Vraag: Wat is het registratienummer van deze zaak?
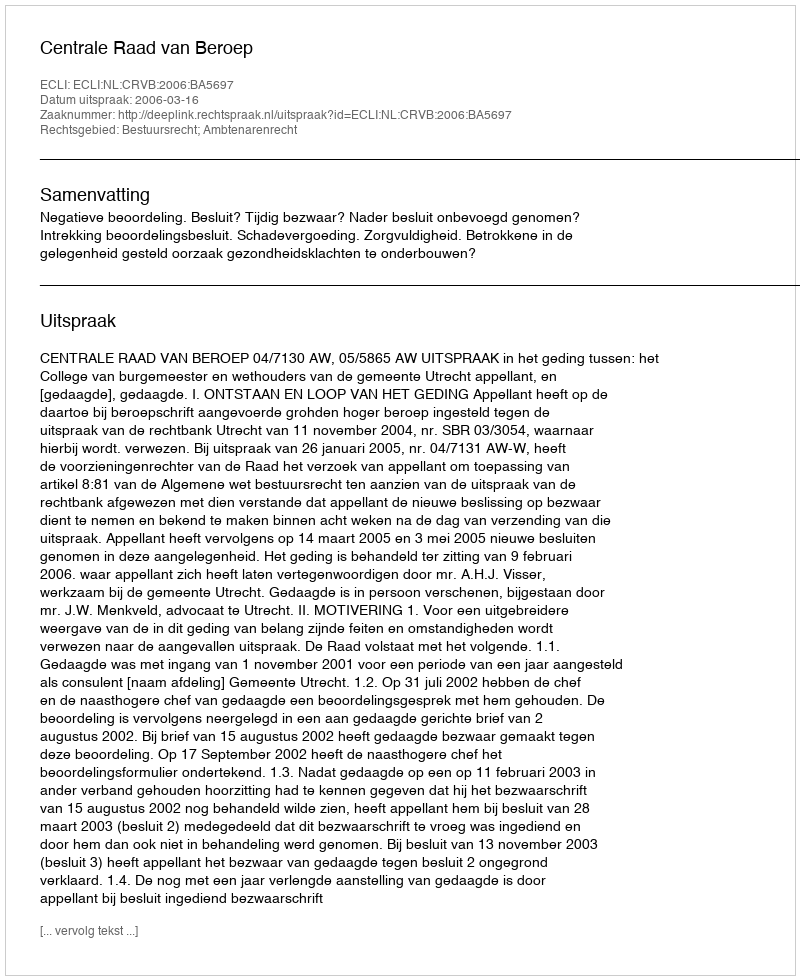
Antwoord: http://deeplink.rechtspraak.nl/uitspraak?id=ECLI:NL:CRVB:2006:BA5697